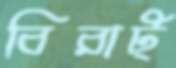
বিরাট্‌